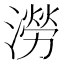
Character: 澇